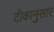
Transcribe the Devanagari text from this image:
टीकानुसार